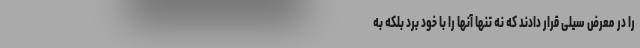
را در معرض سیلی قرار دادند که نه تنها آنها را با خود برد بلکه به